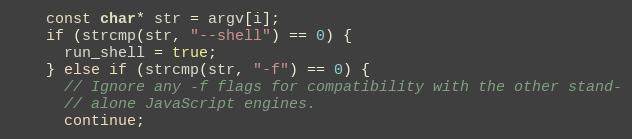
Language: C++
    const char* str = argv[i];
    if (strcmp(str, "--shell") == 0) {
      run_shell = true;
    } else if (strcmp(str, "-f") == 0) {
      // Ignore any -f flags for compatibility with the other stand-
      // alone JavaScript engines.
      continue;